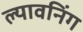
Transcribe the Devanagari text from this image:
ल्यावनिंग